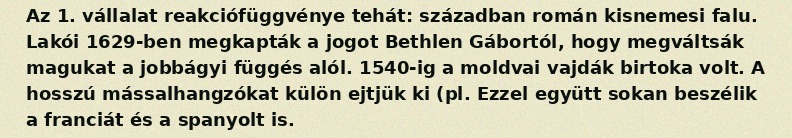
Az 1. vállalat reakciófüggvénye tehát: században román kisnemesi falu. Lakói 1629-ben megkapták a jogot Bethlen Gábortól, hogy megváltsák magukat a jobbágyi függés alól. 1540-ig a moldvai vajdák birtoka volt. A hosszú mássalhangzókat külön ejtjük ki (pl. Ezzel együtt sokan beszélik a franciát és a spanyolt is.